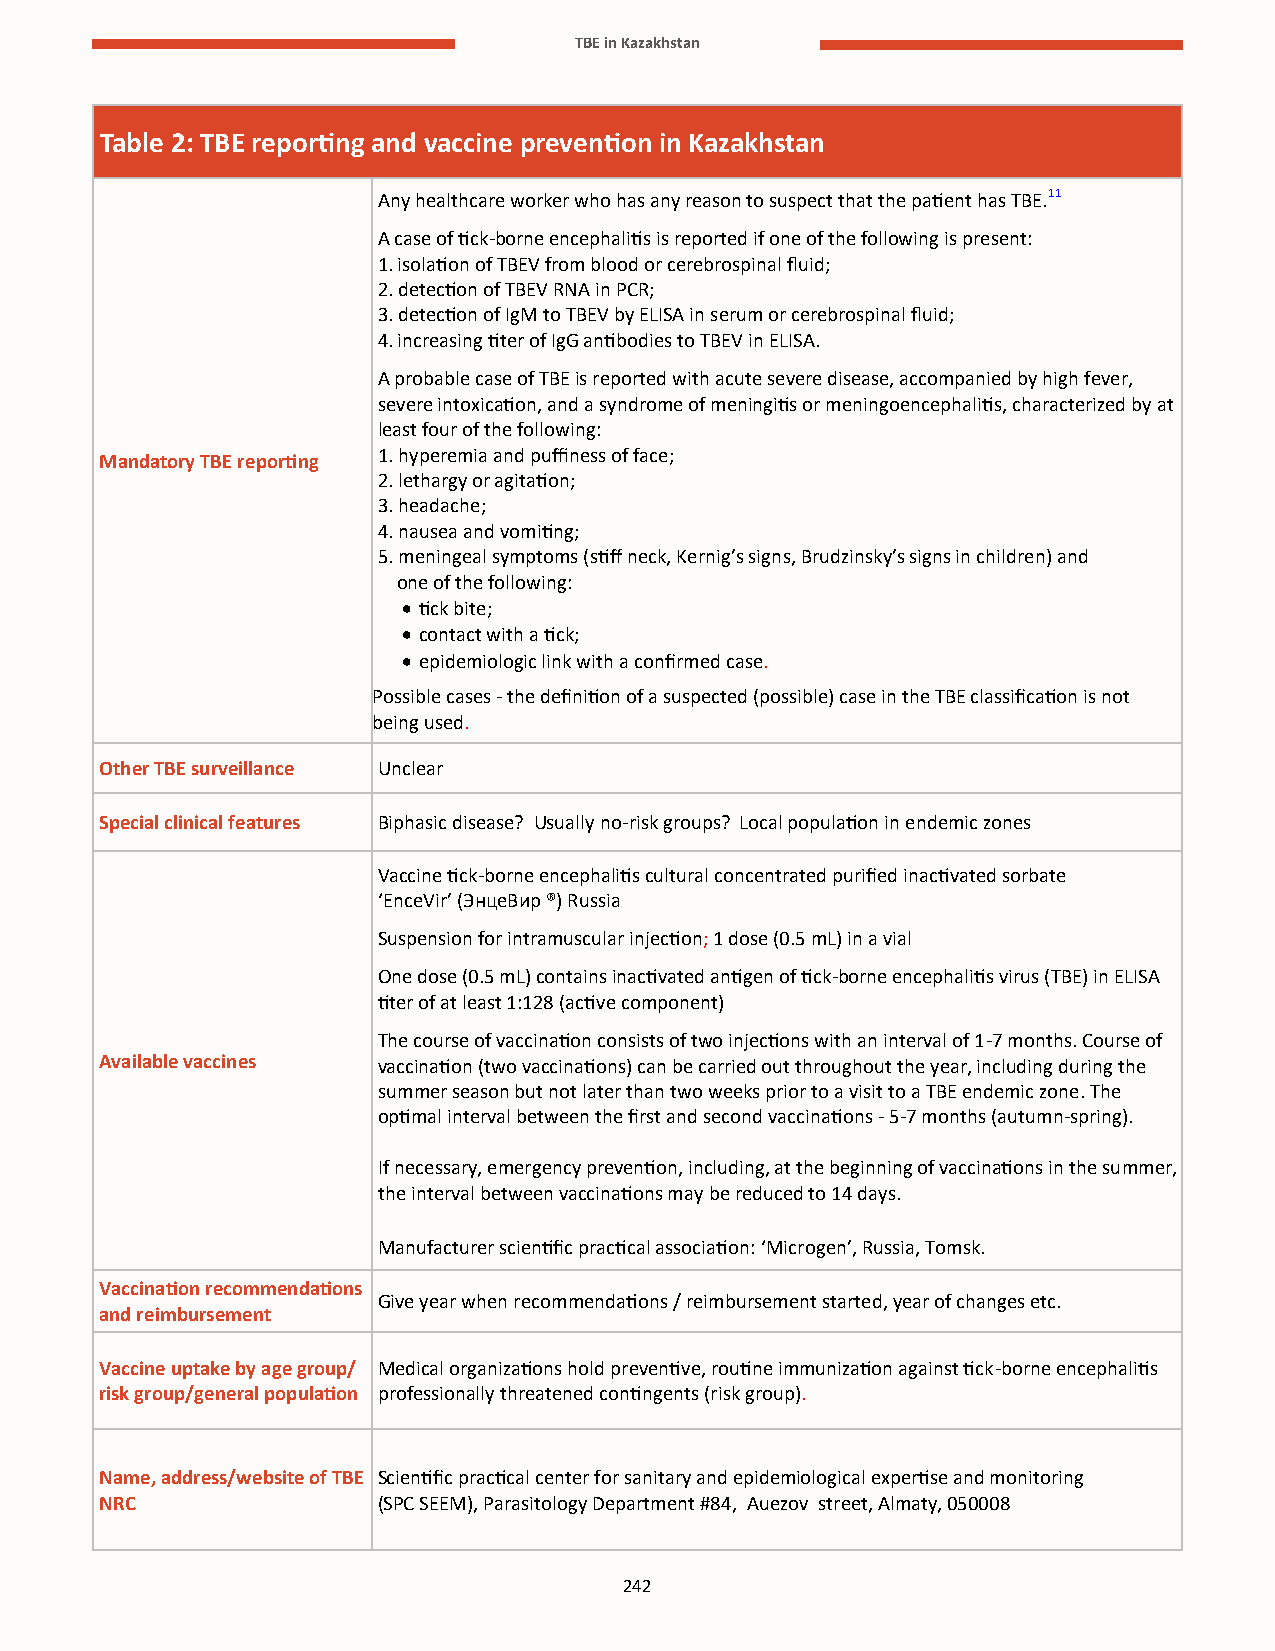
TBE in Kazakhstan
 Table 2: TBE reporting and vaccine prevention in Kazakhstan
 Any healthcare worker who has any reason to suspect that the patient has TBE.11
 A case of tick-borne encephalitis is reported if one of the following is present:
 1. isolation of TBEV from blood or cerebrospinal fluid;
 2. detection of TBEV RNA in PCR;
 3. detection of IgM to TBEV by ELISA in serum or cerebrospinal fluid;
 4. increasing titer of IgG antibodies to TBEV in ELISA.
 A probable case of TBE is reported with acute severe disease, accompanied by high fever,
 severe intoxication, and a syndrome of meningitis or meningoencephalitis, characterized by at
 least four of the following:
 Mandatory TBE reporting 1. hyperemia and puffiness of face;
 2. lethargy or agitation;
 3. headache;
 4. nausea and vomiting;
 5. meningeal symptoms (stiff neck, Kernig’s signs, Brudzinsky’s signs in children) and
 one of the following:
 • tick bite;
 • contact with a tick;
 • epidemiologic link with a confirmed case.
 Possible cases - the definition of a suspected (possible) case in the TBE classification is not
 being used.
 Other TBE surveillance Unclear
 Special clinical features Biphasic disease? Usually no-risk groups? Local population in endemic zones
 Vaccine tick-borne encephalitis cultural concentrated purified inactivated sorbate
 ‘EnceVir’ (ЭнцеВир ®) Russia
 Suspension for intramuscular injection; 1 dose (0.5 mL) in a vial
 One dose (0.5 mL) contains inactivated antigen of tick-borne encephalitis virus (TBE) in ELISA
 titer of at least 1:128 (active component)
 The course of vaccination consists of two injections with an interval of 1-7 months. Course of
 Available vaccines vaccination (two vaccinations) can be carried out throughout the year, including during the
 summer season but not later than two weeks prior to a visit to a TBE endemic zone. The
 optimal interval between the first and second vaccinations - 5-7 months (autumn-spring).
 If necessary, emergency prevention, including, at the beginning of vaccinations in the summer,
 the interval between vaccinations may be reduced to 14 days.
 Manufacturer scientific practical association: ‘Microgen’, Russia, Tomsk.
 Vaccination recommendations
 Give year when recommendations / reimbursement started, year of changes etc.
 and reimbursement
 Vaccine uptake by age group/ Medical organizations hold preventive, routine immunization against tick-borne encephalitis
 risk group/general population professionally threatened contingents (risk group).
 Name, address/website of TBE Scientific practical center for sanitary and epidemiological expertise and monitoring
 NRC               (SPC SEEM), Parasitology Department #84, Auezov street, Almaty, 050008
 242